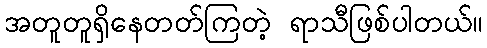
အတူတူရှိနေတတ်ကြတဲ့ ရာသီဖြစ်ပါတယ်။